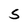
Character: S